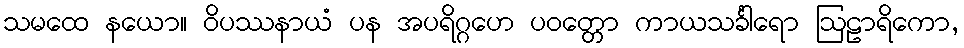
သမထေ နယော။ ဝိပဿနာယံ ပန အပရိဂ္ဂဟေ ပဝတ္တော ကာယသင်္ခါရော ဩဠာရိကော,